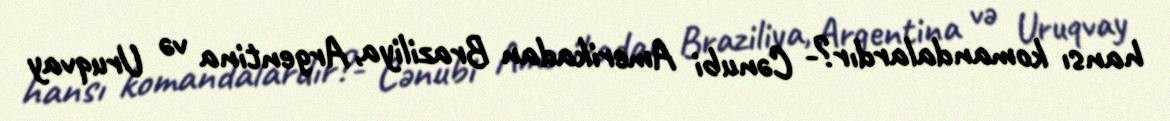
hansı komandalardır?- Cənubi Amerikadan Braziliya, Argentina və Uruqvay